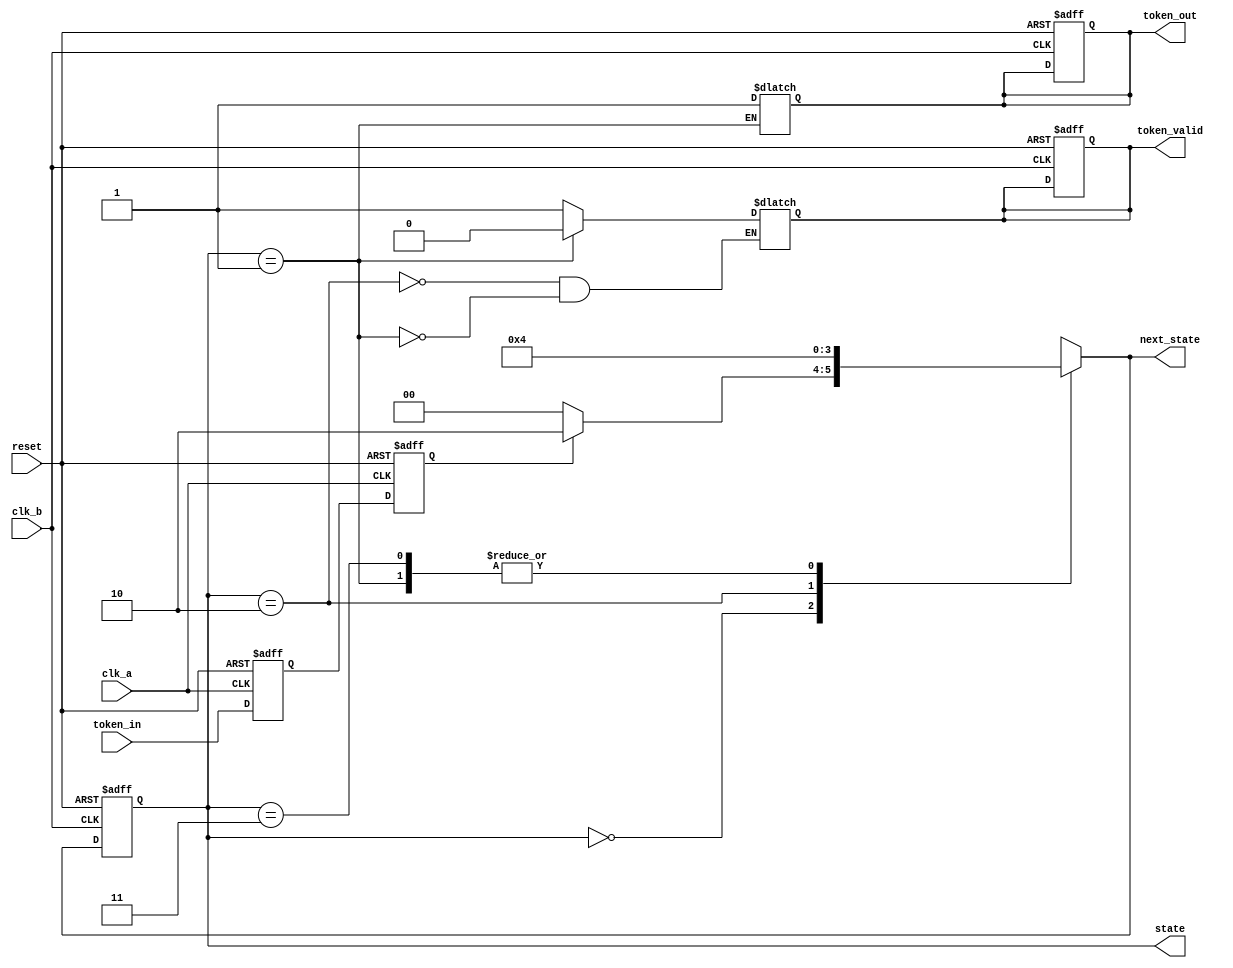
module token_ring_synchronizer (
    input wire clk_a,          // Clock for Domain A
    input wire clk_b,          // Clock for Domain B
    input wire reset,          // Global reset
    input wire token_in,       // Token input from Domain A
    output reg token_out,      // Token output to Domain B
    output reg token_valid,     // Indicates valid token
    output reg [1:0] state,    // Current state of the FSM
    output reg [1:0] next_state // Next state of the FSM
);

// State Encoding
localparam IDLE         = 2'b00;
localparam TRANSMIT     = 2'b01;
localparam RECEIVE      = 2'b10;
localparam ERROR        = 2'b11;

// Synchronization Registers
reg token_sync_1;
reg token_sync_2;

// Token Storage
reg token_storage;

// FSM Logic
always @(posedge clk_b or posedge reset) begin
    if (reset) begin
        state <= IDLE;
        token_out <= 0;
        token_valid <= 0;
        token_storage <= 0;
    end else begin
        state <= next_state;
    end
end

// Synchronization Logic
always @(posedge clk_a or posedge reset) begin
    if (reset) begin
        token_sync_1 <= 0;
        token_sync_2 <= 0;
    end else begin
        token_sync_1 <= token_in;
        token_sync_2 <= token_sync_1;
    end
end

// FSM Next State Logic
always @(*) begin
    case (state)
        IDLE: begin
            if (token_sync_2) begin
                next_state = RECEIVE;
            end else begin
                next_state = IDLE;
            end
        end

        RECEIVE: begin
            token_storage <= 1; // Store the token
            token_valid <= 1; // Indicate valid token
            next_state = TRANSMIT;
        end

        TRANSMIT: begin
            token_out <= 1; // Transmit token to next node
            token_valid <= 0; // Reset valid token
            next_state = IDLE;
        end

        ERROR: begin
            // Handle error state (could be timeout or invalid token)
            next_state = IDLE; // Reset to idle
        end

        default: next_state = IDLE; // Default case
    endcase
end

endmodule